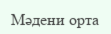
Мәдени орта